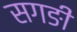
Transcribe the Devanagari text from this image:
सगङी